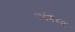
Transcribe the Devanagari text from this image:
ज्येष्ठेच्या